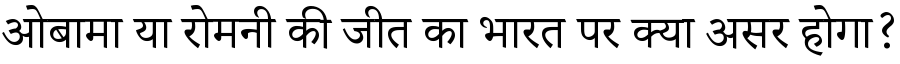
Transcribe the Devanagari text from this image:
ओबामा या रोमनी की जीत का भारत पर क्या असर होगा?